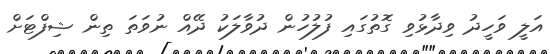
އަލީ ވަހީދު ވިދާޅުވި ގޮތުގައި ފުލުހުން ދުވާލަކު ދޭއް ނުވަތަ ތިން ޝިފްޓަށް